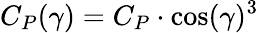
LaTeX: C_{P}(\gamma)=C_{P}\cdot\cos(\gamma)^{3}